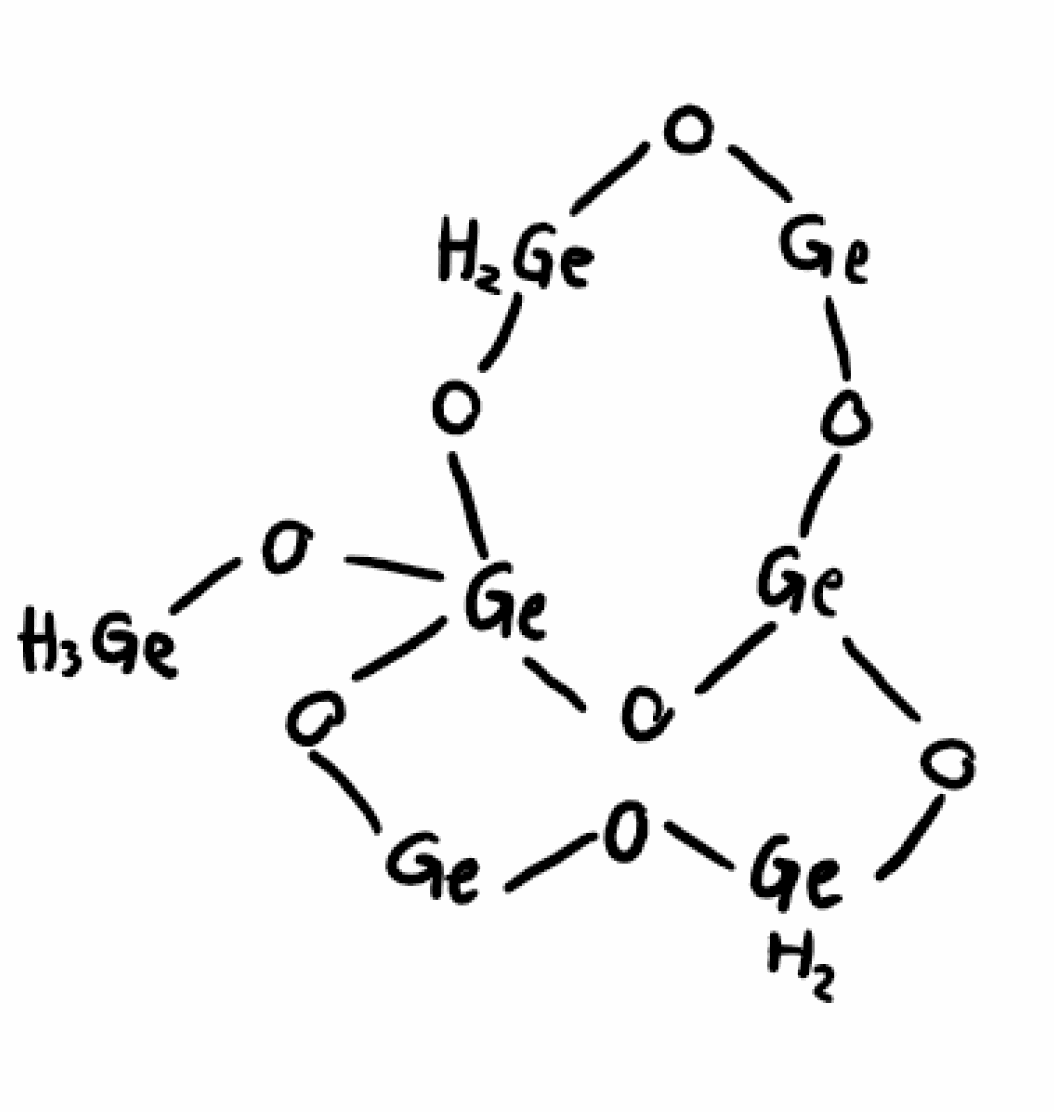
Simplified molecular-input line-entry system (SMILES) notation of the given molecule:
O1[GeH2]O[Ge]2O[Ge]O[GeH2]O[Ge](O2)(O[Ge]1)O[GeH3]